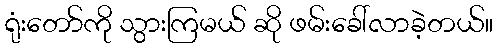
ရုံးတော်ကို သွားကြမယ် ဆို ဖမ်းခေါ်လာခဲ့တယ်။